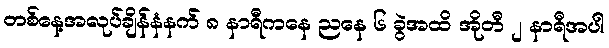
တစ်နေ့အလုပ်ချိန်နံနက် ၈ နာရီကနေ ညနေ ၆ ခွဲအထိ အိုတီ ၂ နာရီအပါ